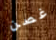
غصن